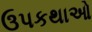
ઉપકથાઓ